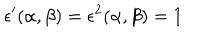
\epsilon ^ { \prime } ( \alpha , \beta ) = \epsilon ^ { 2 } ( \alpha , \beta ) = 1